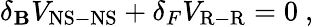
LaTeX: \delta_{\mathbf{B}}V_{\mathrm{{NS-NS}}}+\delta_{F}V_{\mathrm{{R-R}}}=0~,